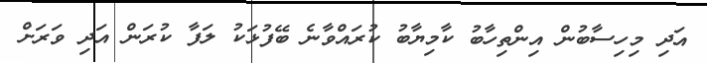
އަދި މިހިސާބުން އިންތިހާބު ކާމިޔާބު ކުރައްވާނެ ބޭފުޅަކު ލަފާ ކުރަން އަދި ވަރަށް